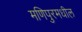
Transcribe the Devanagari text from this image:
मणिपुरमधील